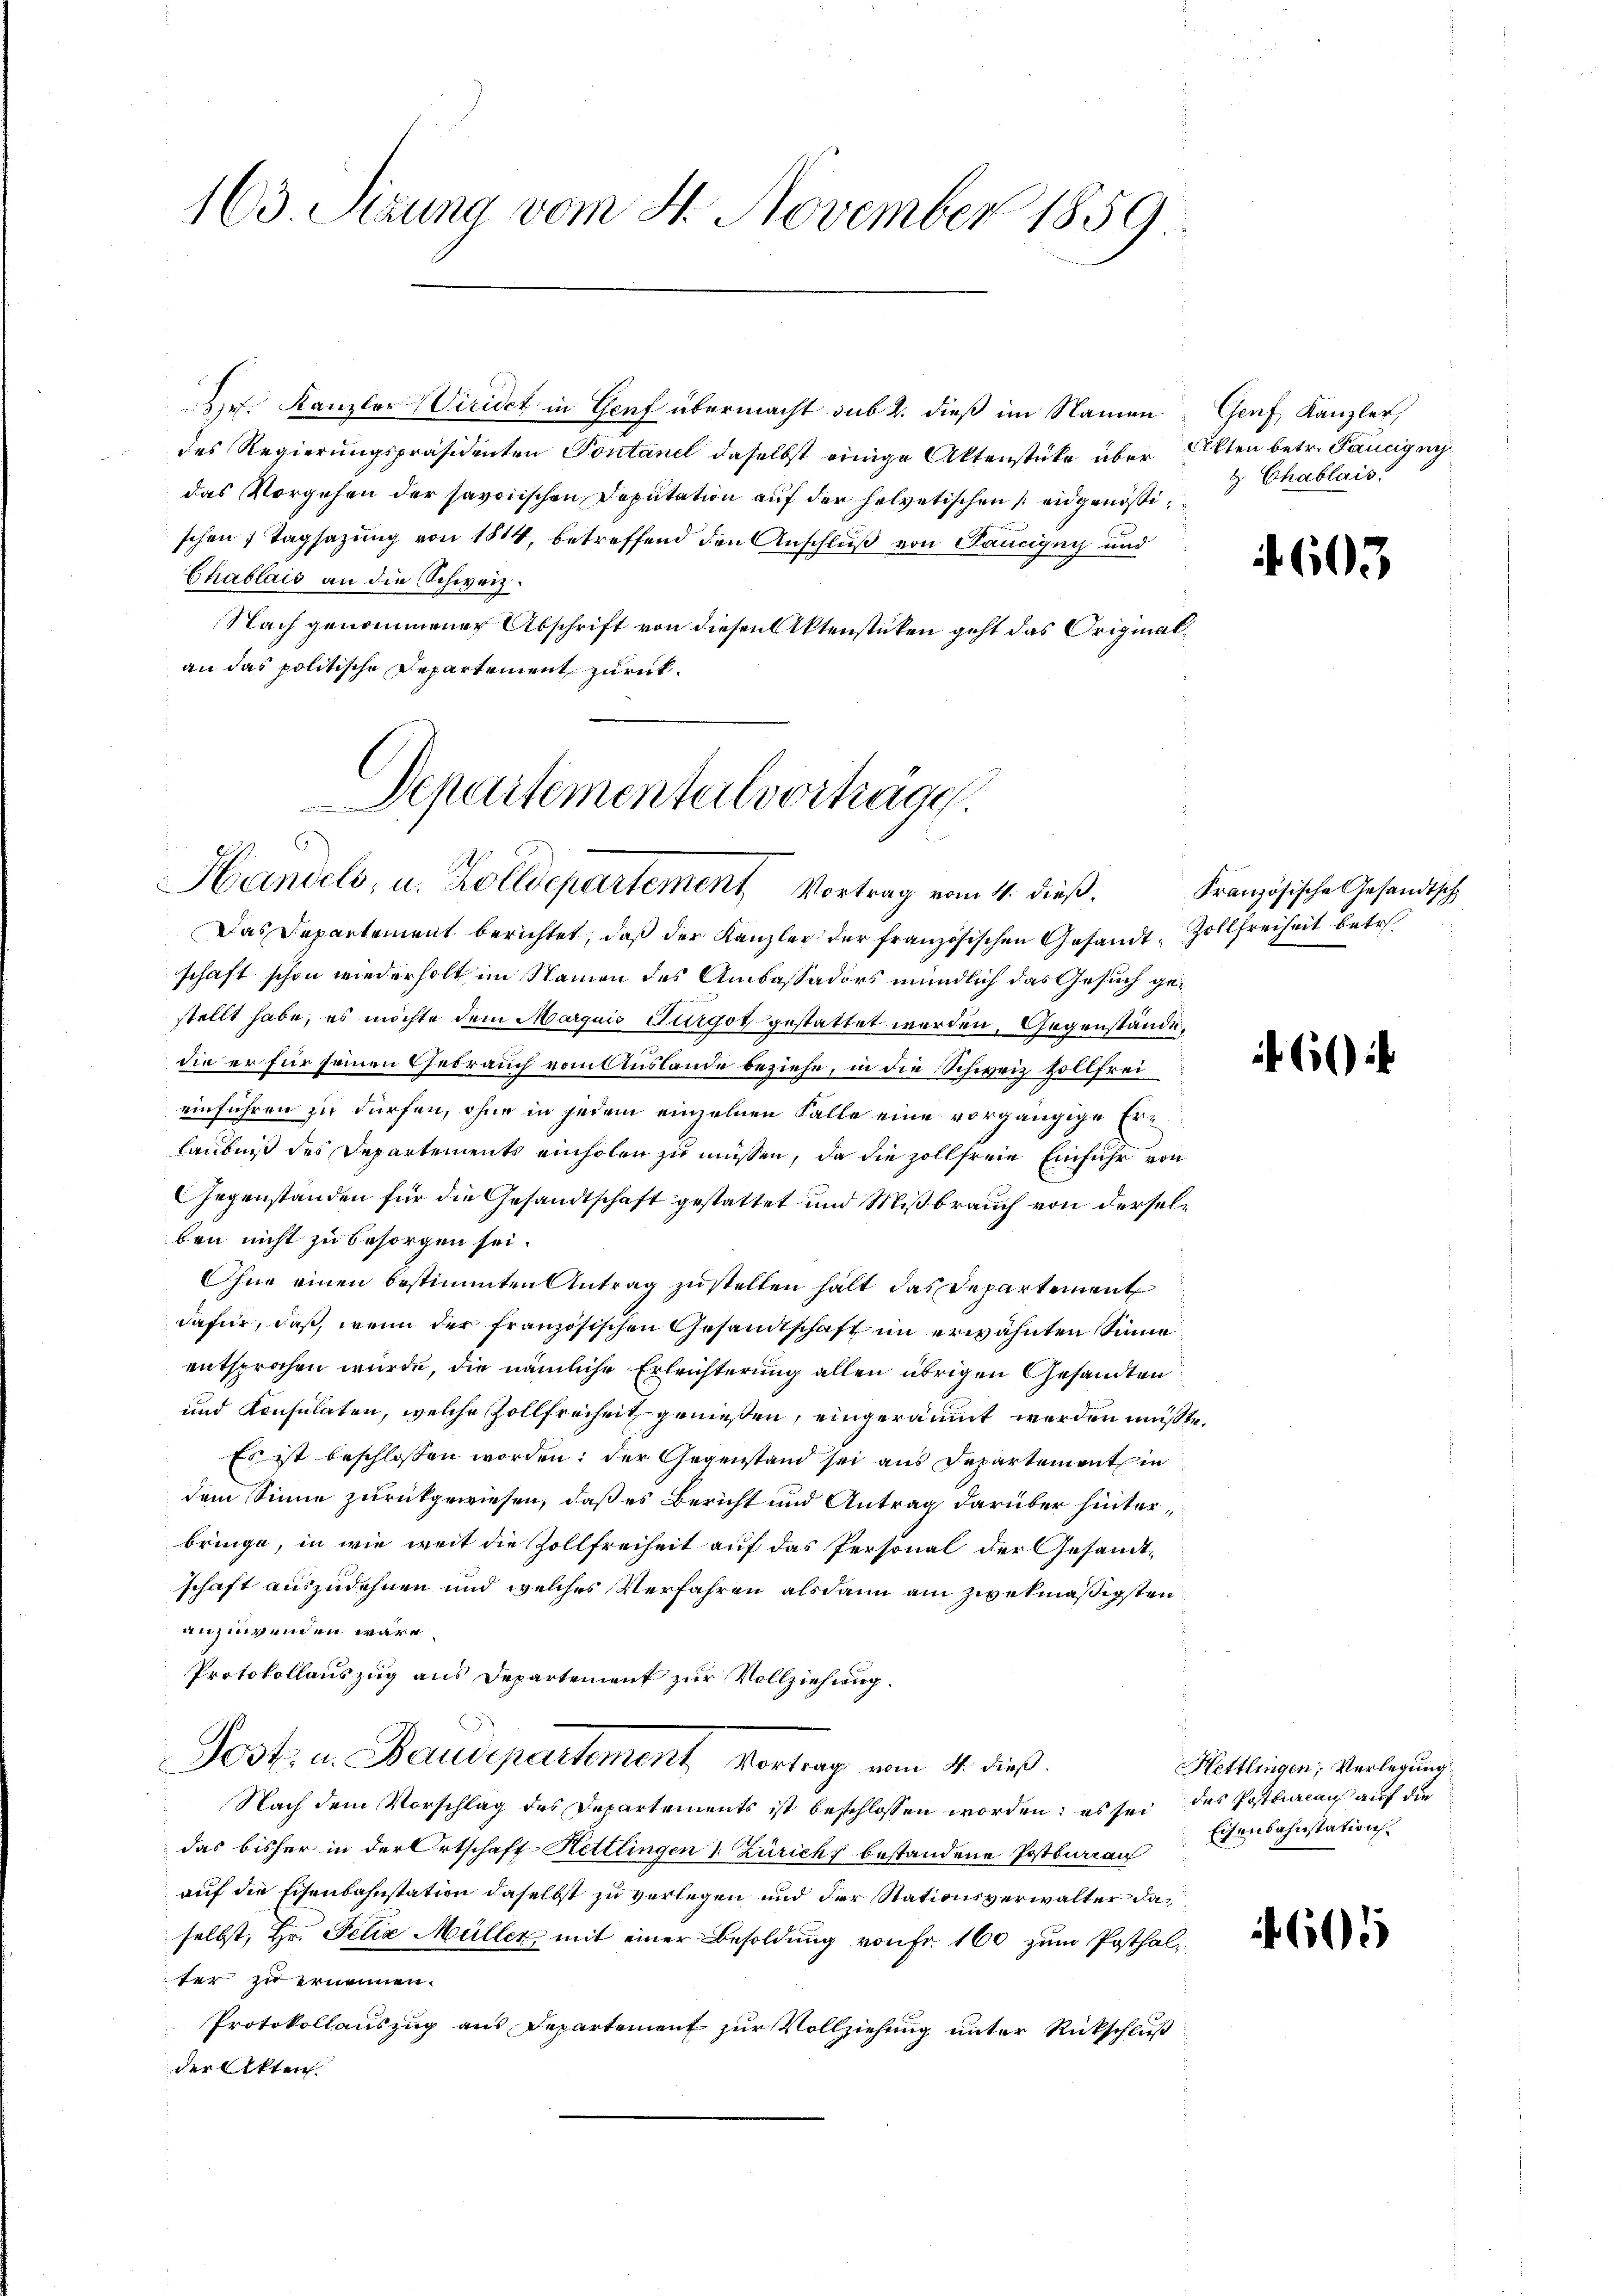
163. Sizung vom 4. November 1859

Der Kanzler Vicidet in Genf übermacht sub 2. dieß im Namen
des Regierungspräsidenten Pontanel daselbst einige Aktenstücke über Akten betr. Pancigni
das Vorgehen der savoiischen Deputation auf der helvetischen eidgenößischen 1 Tagsazung von 1814, betreffend den Anschluß von Taucigny und
Chablais an die Schweiz.
Nach genommener Abschrift von diesen Aktenstüken geht das Originalan das politische Departement zurück¬

Departementeilvorträge.
Handels, u. Zolldepartement Vortrag vom 4. dieß,

Das Departement berichtet, daß der Kanzley der französischen Gesandt, Zollfreiheit betre
schaft schon wiederholt im Namen des Ambassadors mündlich das Gesuch gestellt habe, es möchte dem Marquis Turgot gestattet werden, Gegenstände,
die er für seinen Thebrauch vom Auslande beziehe, in die Schweiz sollfreieinführen zu dürfen, ohne in jedem einzelnen Falle eine vorgängige Erlaubniß des Departements einholen zu müssen, da die zollfreie Einfuhr von
Gegenständen für die Gesandtschaft gestattet und Mißbrauch von derselben nicht zu besorgen sei.
Ohne einen bestimmten Antrag zustellen halt das Departement
dafür, daß, wenn der französischen Gesandtschaft im erwähnten Sinne
entsprochen wurde, die nämliche Erleichterung allen übrigen Gesandten
und Konsulaten, welche Zollfreiheit genießen, eingeräumt werden müßte.
Es ist beschlossen worden; der Gegenstand sei aus Departement in
dem Sinne zurückgewiesen, daß es Bericht und Antrag darüber hinterbringe, in wie weit die Zollfreiheit auf das Personal der Gesandt-
schaft auszudehnen und welches Verfahren alsdann am zwekmäßigsten
anzuwenden wäre.
Protokollauszug aus Departement zur Vollziehung.
Post. u. Baurepartement, Vortrag vom 11. dieß.
Nach dem Vorschlag des Departements ist beschlossen worden; es sei des Postbureaus auf die
das bisher in der Ortschaft Kettlingen & Zürich bestandene Postbureau
auf die Eisenbahnstation daselbst zu verlegen und der Stationsverwalter daselbst, Hr. Felix Müller mit einer Besoldung von Fr. 160 zum Posthalter zu ernennen.
Protokollauszug aus Departement zur Vollziehung unter Rückschluß
der Akten.

Genf, Kanzler,
 Chablais.

60

Französische Gesandtsch

60

Hettlingen; Verlegung
Eisenbahnstation

605